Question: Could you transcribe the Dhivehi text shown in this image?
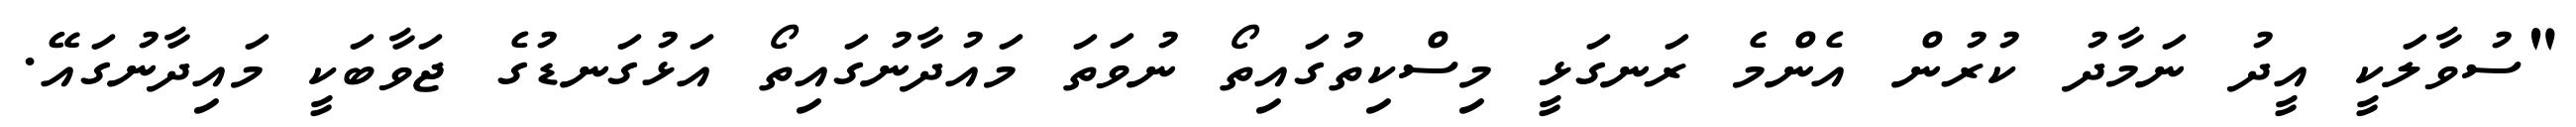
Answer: "ސުވާލަކީ އީދު ނަމާދު ކުރުން އެންމެ ރަނގަޅީ މިސްކިތުގައިތޯ ނުވަތަ މައުދާނުގައިތޯ އަޅުގަނޑުގެ ޖަވާބަކީ މައިދާނުގައޭ.